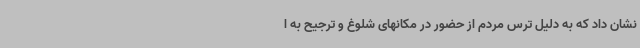
نشان داد که به دلیل ترس مردم از حضور در مکانهای شلوغ و ترجیح به ا